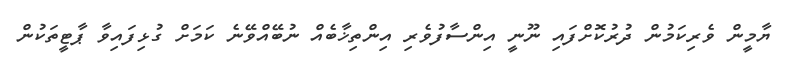
ޔާމީން ވެރިކަމުން ދުރުކޮށްފައި ނޫނީ އިންސާފުވެރި އިންތިޚާބެއް ނުބޭއްވޭނެ ކަމަށް ގުޅިފައިވާ ޕާޓީތަކުން